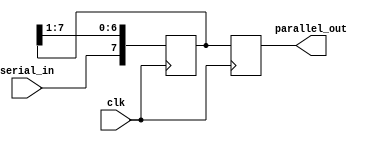
module serial_in_parallel_out_reg (
    input wire clk,      // clock signal
    input wire serial_in, // serial input data
    output reg [7:0] parallel_out // parallel output data
);

reg [7:0] reg_data;  // data storage register

always @(posedge clk) begin
    reg_data <= {serial_in, reg_data[7:1]}; // shift in serial data
    parallel_out <= reg_data; // output data in parallel format
end

endmodule